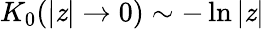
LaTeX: K_{0}(|\mathit{z}|\rightarrow0)\sim-\ln|\mathit{z}|